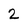
Character: 2